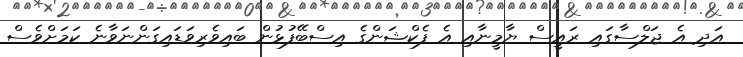
އަދި އެ ޖަލްސާގައި ރައީސް ޔާމީނާއި އެ ފެކްޝަންގެ އިސްބޭފުޅުން ބައިވެރިވަޑައިގަންނަވާނެ ކަމަށްވެސް